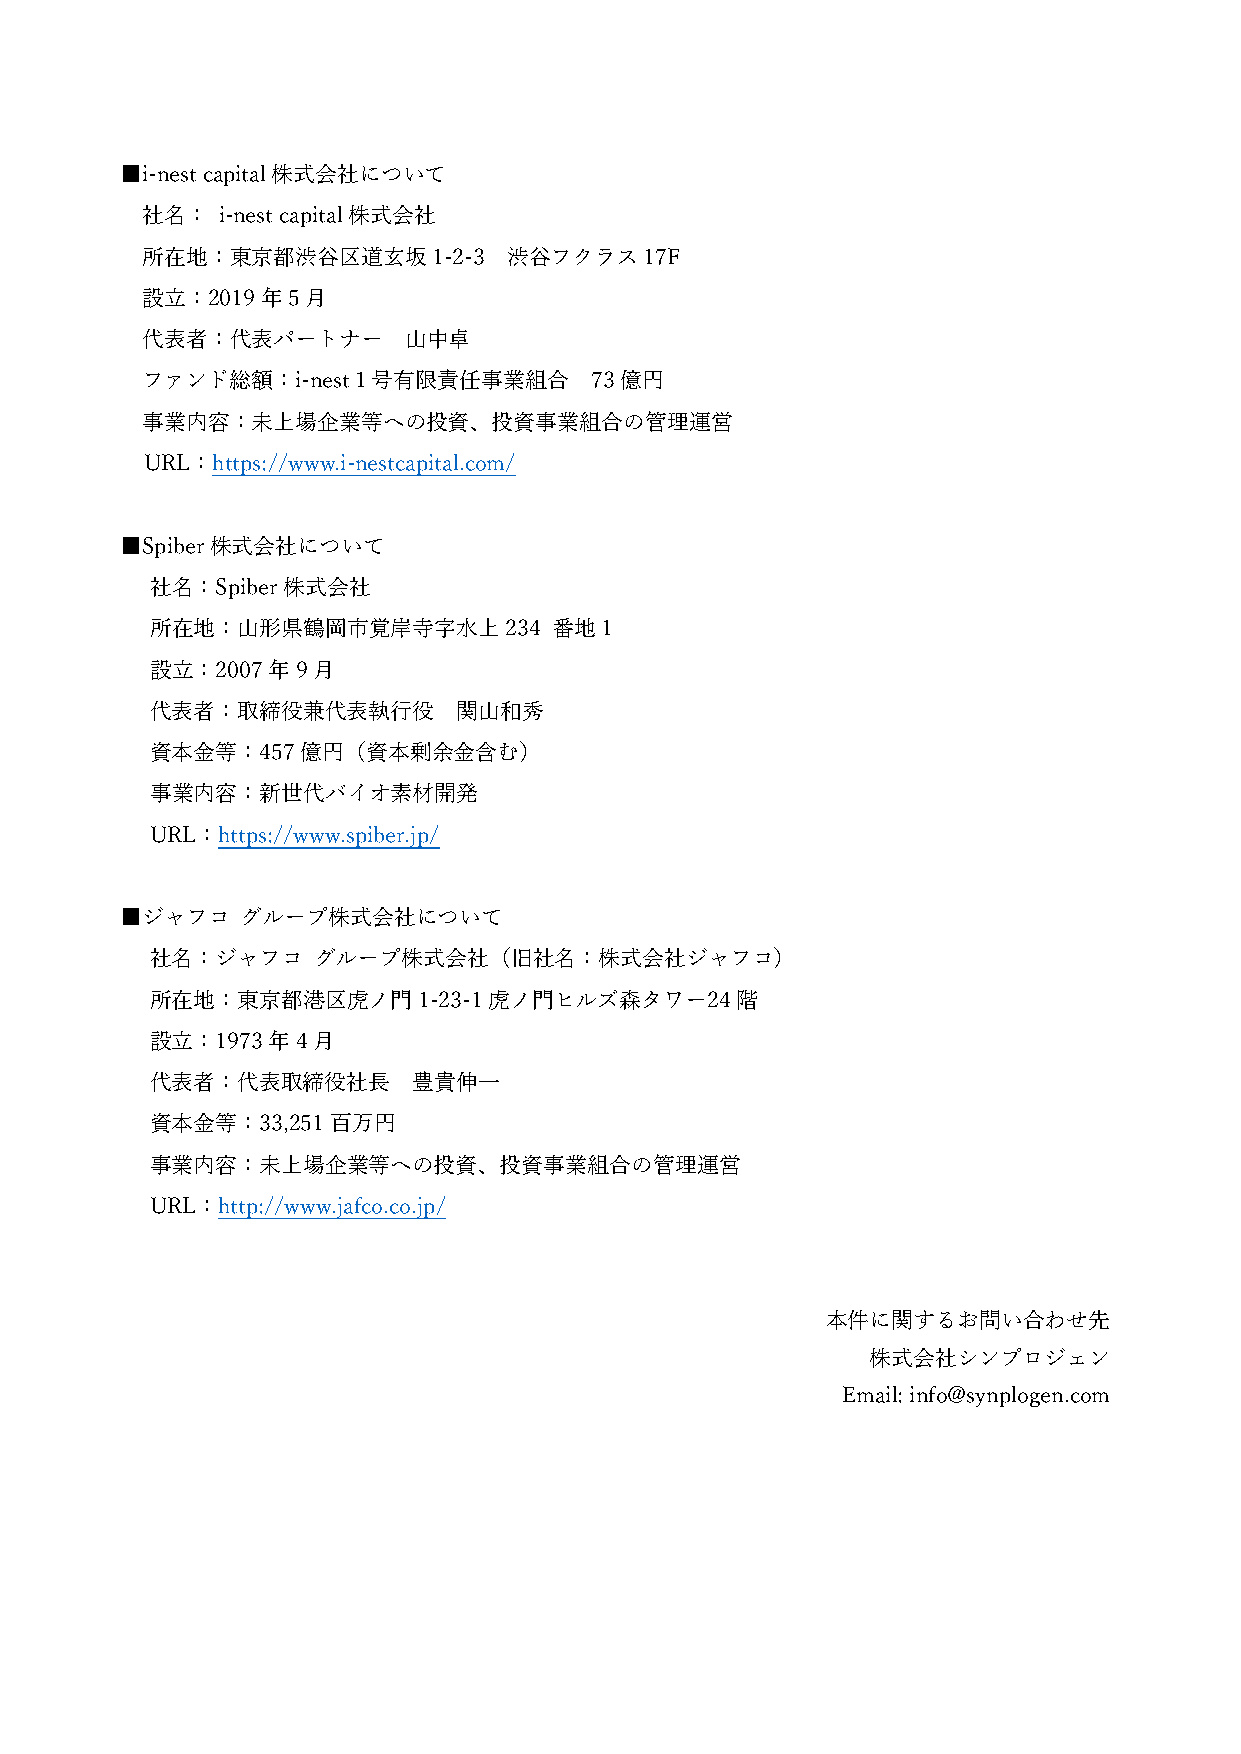
■i-nest capital株式会社について
 社名：  i-nest capital株式会社
 所在地：東京都渋⾕区道⽞坂1-2-3       渋⾕フクラス17F
 設⽴：2019年5⽉
 代表者：代表パートナー       ⼭中卓
 ファンド総額：i-nest１号有限責任事業組合       73億円
 事業内容：未上場企業等への投資、投資事業組合の管理運営
 URL：https://www.i-nestcapital.com/
 ■Spiber株式会社について
 社名：Spiber株式会社
 所在地：⼭形県鶴岡市覚岸寺字⽔上234        番地1
 設⽴：2007年9⽉
 代表者：取締役兼代表執⾏役       関⼭和秀
 資本⾦等：457億円（資本剰余⾦含む）
 事業内容：新世代バイオ素材開発
 URL：https://www.spiber.jp/
 ■ジャフコ   グループ株式会社について
 社名：ジャフコ    グループ株式会社（旧社名：株式会社ジャフコ）
 所在地：東京都港区⻁ノ⾨1-23-1⻁ノ⾨ヒルズ森タワー24階
 設⽴：1973年4⽉
 代表者：代表取締役社⻑      豊貴伸⼀
 資本⾦等：33,251百万円
 事業内容：未上場企業等への投資、投資事業組合の管理運営
 URL：http://www.jafco.co.jp/
 本件に関するお問い合わせ先
 株式会社シンプロジェン
 Email: info@synplogen.com